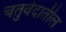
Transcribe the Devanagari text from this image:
चतुर्वेदातील